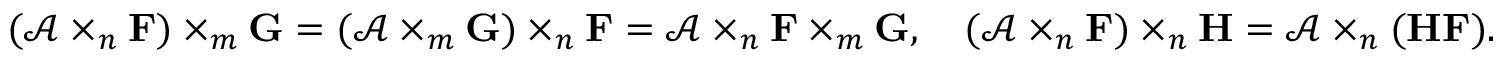
( \mathcal { A } \times _ { n } \mathbf { F } ) \times _ { m } \mathbf { G } = ( \mathcal { A } \times _ { m } \mathbf { G } ) \times _ { n } \mathbf { F } = \mathcal { A } \times _ { n } \mathbf { F } \times _ { m } \mathbf { G } , \quad ( \mathcal { A } \times _ { n } \mathbf { F } ) \times _ { n } \mathbf { H } = \mathcal { A } \times _ { n } ( \mathbf { H } \mathbf { F } ) .